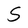
Character: S